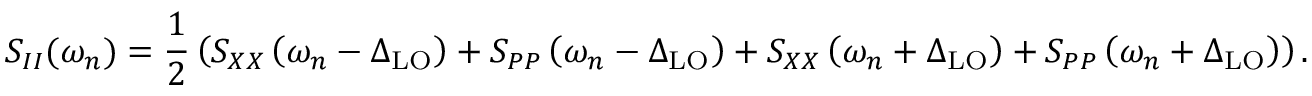
S _ { I I } ( \omega _ { n } ) = \frac { 1 } { 2 } \left( S _ { X X } \left( \omega _ { n } - \Delta _ { \mathrm { L O } } \right) + S _ { P P } \left( \omega _ { n } - \Delta _ { \mathrm { L O } } \right) + S _ { X X } \left( \omega _ { n } + \Delta _ { \mathrm { L O } } \right) + S _ { P P } \left( \omega _ { n } + \Delta _ { \mathrm { L O } } \right) \right) .